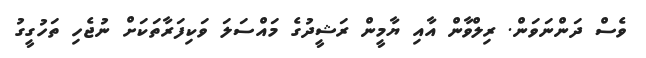
ވެސް ދަންނަވަން. ރިލްވާން އާއި ޔާމީން ރަޝީދުގެ މައްސަލަ ވަކިފަރާތަކަށް ނުޖެހި ތަހުގީގު